Civil Veterinary Dept. Assam report 1927-50 - 1927-1950
Year: 1927
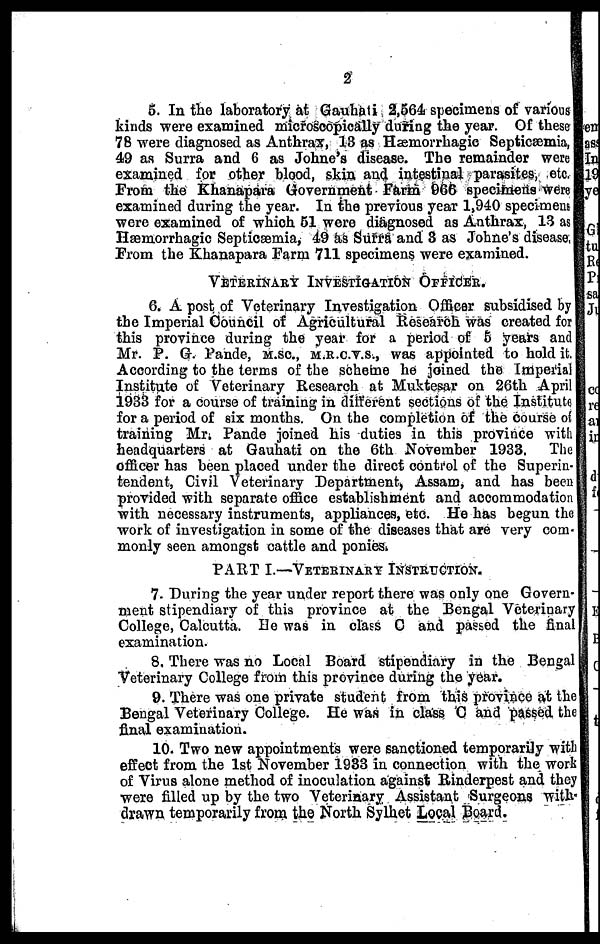
2
5. In the laboratory at Gauhati 2,564 specimens of various
kinds were examined microscopically during the year. Of these
78 were diagnosed as Anthrax, 13 as Hæmorrhagic Septicæmia,
49 as Surra and 6 as Johne's disease. The remainder were
examined for other blood, skin and intestinal parasites, etc.
From the Khanapara Government Farm 966 specimens were
examined during the year. In the previous year 1,940 specimens
were examined of which 51 were diagnosed as Anthrax, 13 as
Hæmorrhagic Septicæmia, 49 as Surra and 8 as Johne's disease
From the Khanapara Farm 711 specimens were examined.
VETERINARY INVESTIGATION OFFICER.
6. A post of Veterinary Investigation Officer subsidised by
the Imperial Council of Agricultural Research was created for
this province during the year for a period of 5 years and
Mr. P. G. Pande, M.SC., M.R.C.V.S., was appointed to hold it.
According to the terms of the scheme he joined the Imperial
Institute of Veterinary Research at Muktesar on 26th April
1933 for a course of training in different sections of the Institute
for a period of six months. On the completion of the course of
training Mr; Pande joined his duties in this province with
headquarters at Gauhati on the 6th November 1933. The
officer has been placed under the direct control of the Superin-
tendent, Civil Veterinary Department, Assam, and has been
provided with separate office establishment and accommodation
with necessary instruments, appliances, etc. He has begun the
work of investigation in some of the diseases that are very com-
monly seen amongst cattle and ponies.
PART I.—VETERINARY INSTRUCTION.
7. During the year under report there was only one Govern-
ment stipendiary of this province at the Bengal Veterinary
College, Calcutta. He was in class C and passed the final
examination.
8. There was no Local Board stipendiary in the Bengal
Veterinary College from this province during the year.
9. There was one private student from this province at the
Bengal Veterinary College. He was in class C and passed the
final examination.
10. Two new appointments were sanctioned temporarily with
effect from the 1st November 1933 in connection with the work
of Virus alone method of inoculation against Rinderpest and they
were filled up by the two Veterinary Assistant Surgeons with
drawn temporarily from the North Sylhet Local Board.